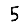
Digit: 5